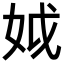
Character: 𡛟